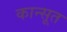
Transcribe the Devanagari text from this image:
कान्सूत